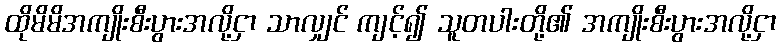
ထိုမိမိအကျိုးစီးပွားအလို့ငှာ သာလျှင် ကျင့်၍ သူတပါးတို့၏ အကျိုးစီးပွားအလို့ငှာ